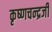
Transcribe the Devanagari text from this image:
कृष्‍णचन्‍द्रजी